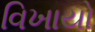
વિખાયો